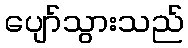
ပျော်သွားသည်